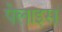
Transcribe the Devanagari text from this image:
पेलाइस